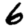
Digit: 6